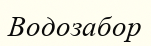
Водозабор